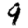
Digit: 9